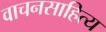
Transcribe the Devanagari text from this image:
वाचनसाहित्य